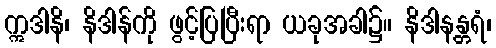
ဣဒါနိ၊ နိဒါန်ကို ဖွင့်ပြပြီးရာ ယခုအခါ၌။ နိဒါနန္တရံ၊